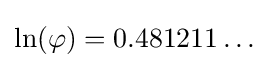
\ln(\varphi )=0.481211\ldots